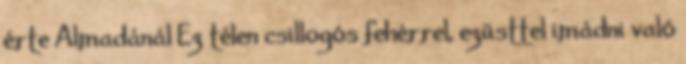
érte Almadánál Ez télen csillogós fehérrel, ezüsttel imádni való